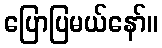
ပြောပြမယ်နော်။